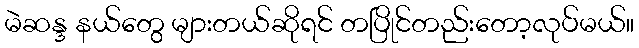
မဲဆန္ဒ နယ်တွေ များတယ်ဆိုရင် တပြိုင်တည်းတော့လုပ်မယ်။